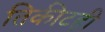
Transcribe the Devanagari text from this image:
तिकीटही